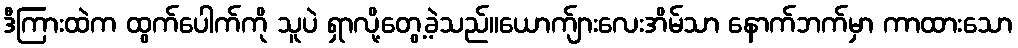
ဒီကြားထဲက ထွက်ပေါက်ကို သူပဲ ရှာလို့တွေ့ခဲ့သည်။ယောက်ျားလေးအိမ်သာ နောက်ဘက်မှာ ကာထားသော